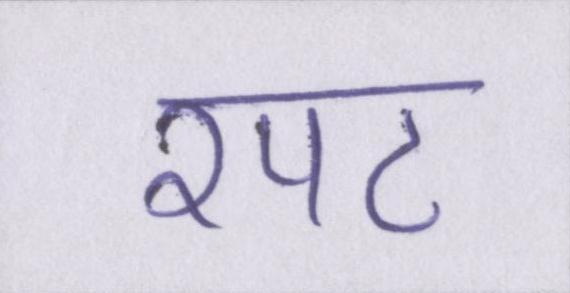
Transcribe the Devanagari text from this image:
रपट